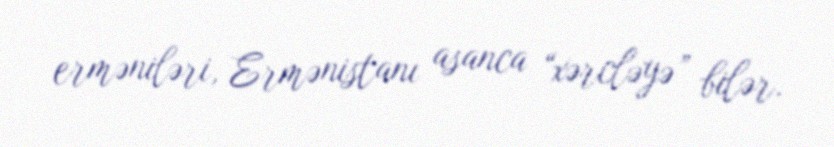
erməniləri, Ermənistanı asanca “xərcləyə” bilər.